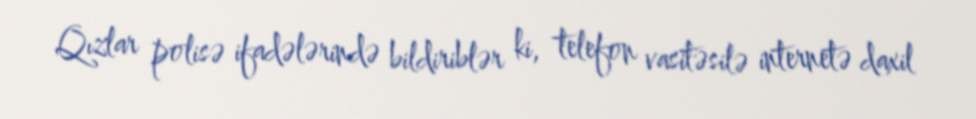
Qızlar polisə ifadələrində bildiriblər ki, telefon vasitəsilə internetə daxil